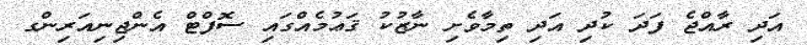
އަދި ރާއްޖެ ފަދަ ކުދި އަދި ތިމާވެށި ނާޒުކު ޤަޢުމެއްގައި ސޮފްޓް އެންޖިނިއަރިންގ